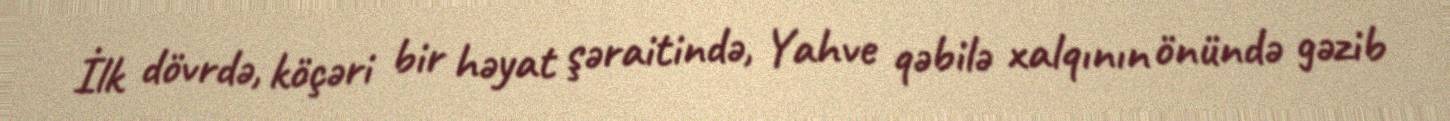
İlk dövrdə, köçəri bir həyat şəraitində, Yahve qəbilə xalqının önündə gəzib